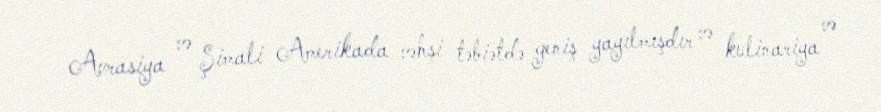
Avrasiya və Şimali Amerikada vəhşi təbiətdə geniş yayılmışdır və kulinariya və